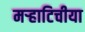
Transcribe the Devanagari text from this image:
मऱ्हाटिचीया